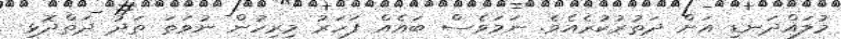
މުލައްދަނޑި އަށް ދަތުރުކުރެއެވެ. ނަމަވެސް ބައެއް ފަހަރު މިރިހުން ނުވަތަ ތަދު ދަތްދޮޅި